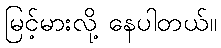
မြင့်မားလို့ နေပါတယ်။